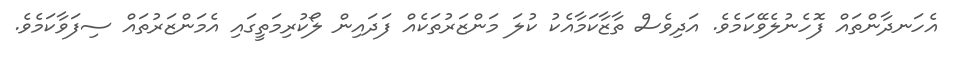
އެހަނދާންތައް ފޮހެނުލެވޭކަމެވެ. އަދިވެސް ތާޒާކަމާއެކު ކުލަ މަންޒަރުތަކެއް ފަދައިން ލޯކުރިމަތީގައި އެމަންޒަރުތައް ސިފަވާކަމެވެ.